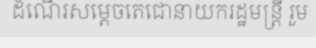
ដំណើរសម្តេចតេជោនាយករដ្ឋមន្ត្រី រួម